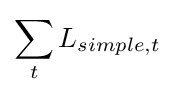
\sum _{t}L_{simple,t}